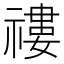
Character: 䄛